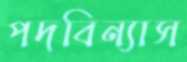
পদবিন্যাস